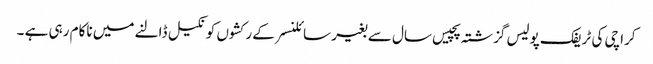
کراچی کی ٹریفک پولیس گزشتہ پچیس سال سے بغیر سائلنسر کے رکشوں کو نکیل ڈالنے میں ناکام رہی ہے ۔